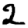
Digit: 2